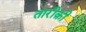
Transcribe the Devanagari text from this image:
तारीक़ी